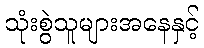
သုံးစွဲသူများအနေနှင့်